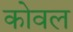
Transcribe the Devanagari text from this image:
कोवल